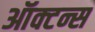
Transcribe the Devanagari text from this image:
ऑक्टन्स